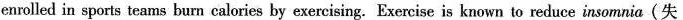
enrolled in sports teams burn calories by exercising. Exercise is known to reduce insomnia(失